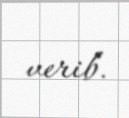
verib.